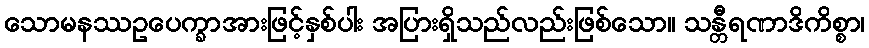
သောမနဿဥပေက္ခာအားဖြင့်နှစ်ပါး အပြားရှိသည်လည်းဖြစ်သော။ သန္တီရဏာဒိကိစ္စာ၊